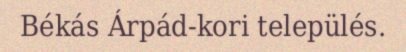
Békás Árpád-kori település.